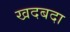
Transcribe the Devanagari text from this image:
खदबदा